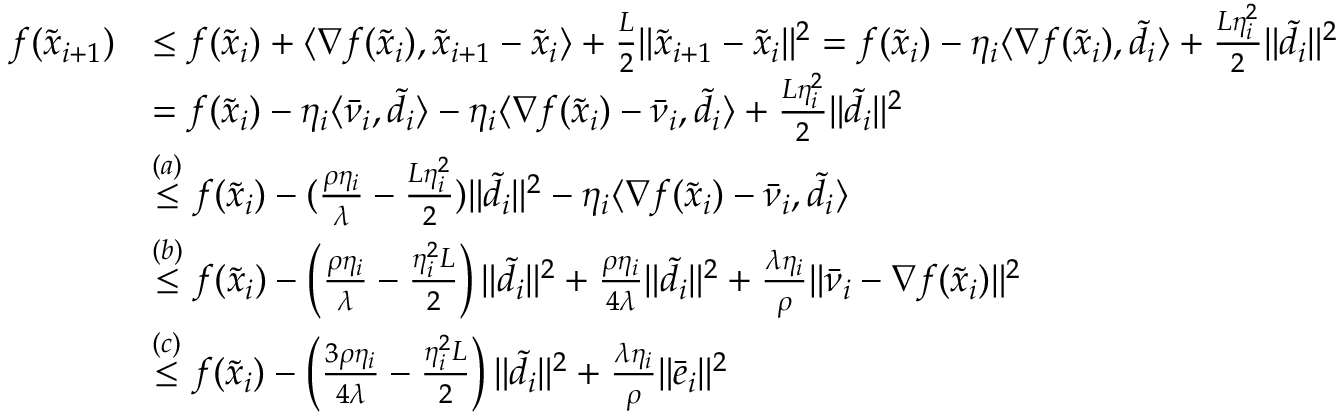
\begin{array} { r l } { f ( \tilde { x } _ { i + 1 } ) } & { \leq f ( \tilde { x } _ { i } ) + \langle \nabla f ( \tilde { x } _ { i } ) , \tilde { x } _ { i + 1 } - \tilde { x } _ { i } \rangle + \frac { L } { 2 } \| \tilde { x } _ { i + 1 } - \tilde { x } _ { i } \| ^ { 2 } = f ( \tilde { x } _ { i } ) - \eta _ { i } \langle \nabla f ( \tilde { x } _ { i } ) , \tilde { d } _ { i } \rangle + \frac { L \eta _ { i } ^ { 2 } } { 2 } \| \tilde { d } _ { i } \| ^ { 2 } } \\ & { = f ( \tilde { x } _ { i } ) - \eta _ { i } \langle \bar { \nu } _ { i } , \tilde { d } _ { i } \rangle - \eta _ { i } \langle \nabla f ( \tilde { x } _ { i } ) - \bar { \nu } _ { i } , \tilde { d } _ { i } \rangle + \frac { L \eta _ { i } ^ { 2 } } { 2 } \| \tilde { d } _ { i } \| ^ { 2 } } \\ & { \overset { ( a ) } { \leq } f ( \tilde { x } _ { i } ) - ( \frac { \rho \eta _ { i } } { \lambda } - \frac { L \eta _ { i } ^ { 2 } } { 2 } ) \| \tilde { d } _ { i } \| ^ { 2 } - \eta _ { i } \langle \nabla f ( \tilde { x } _ { i } ) - \bar { \nu } _ { i } , \tilde { d } _ { i } \rangle } \\ & { \overset { ( b ) } { \leq } f ( \tilde { x } _ { i } ) - \left( \frac { \rho \eta _ { i } } { \lambda } - \frac { \eta _ { i } ^ { 2 } L } { 2 } \right) \| \tilde { d } _ { i } \| ^ { 2 } + \frac { \rho \eta _ { i } } { 4 \lambda } \| \tilde { d } _ { i } \| ^ { 2 } + \frac { \lambda \eta _ { i } } { \rho } \| \bar { \nu } _ { i } - \nabla f ( \tilde { x } _ { i } ) \| ^ { 2 } } \\ & { \overset { ( c ) } { \leq } f ( \tilde { x } _ { i } ) - \left( \frac { 3 \rho \eta _ { i } } { 4 \lambda } - \frac { \eta _ { i } ^ { 2 } L } { 2 } \right) \| \tilde { d } _ { i } \| ^ { 2 } + \frac { \lambda \eta _ { i } } { \rho } \| \bar { e } _ { i } \| ^ { 2 } } \end{array}